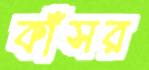
কাঁসর